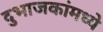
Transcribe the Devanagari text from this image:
दुभाजकांमध्ये